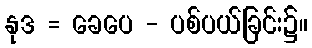
နုဒ = ခေပေ - ပစ်ပယ်ခြင်း၌။